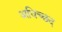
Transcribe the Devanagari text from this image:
अधिच्छद